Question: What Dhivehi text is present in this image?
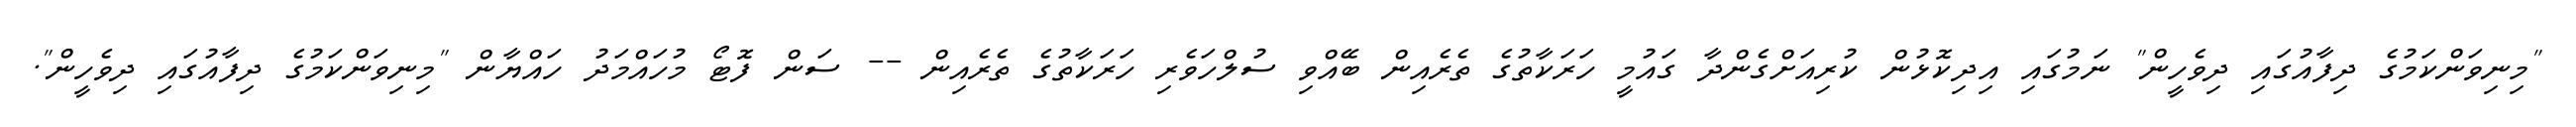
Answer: "މިނިވަންކަމުގެ ދިފާއުގައި ދިވެހީން" ނަމުގައި އިދިކޮޅުން ކުރިއަށްގެންދާ ގައުމީ ހަރަކާތުގެ ތެރެއިން ބޭއްވި ސުލްހަވެރި ހަރަކާތުގެ ތެރެއިން -- ސަން ފޮޓޯ މުހައްމަދު ހައްޔާން "މިނިވަންކަމުގެ ދިފާއުގައި ދިވެހީން".